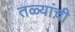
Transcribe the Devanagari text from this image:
तळ्यांची